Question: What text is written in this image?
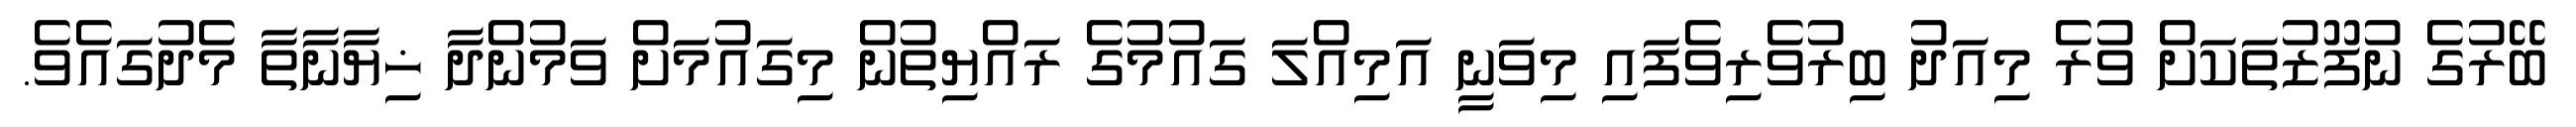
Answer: ބޭރުގެ ނުފޫޒުތަކަށް ވުރެ މިއަދު ބިރުވެރިވެފައި މިވަނީ އަމިއްލަ ގައުމުގެ ރައްޔިތުން މިގައުމަށް ވަމުންދާ ޚިޔާނާތާ މެދުގައެވެ.